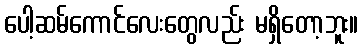
ပေါ့ဆမ်ကောင်လေးတွေလည်း မရှိတော့ဘူး။